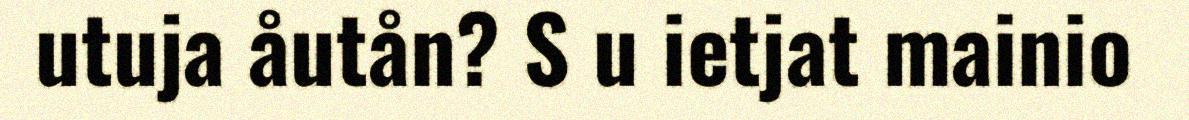
utuja åutån? S u ietjat mainio